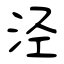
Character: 泾